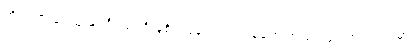
တိုင်ကြားခံရသူ နှစ်ဦးလုံးကို ခွဲစိတ်ခန်းဝင် ဝတ်စုံတွေ အသင့်ဖြင့် အလုပ်ထဲမှာ